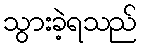
သွားခဲ့ရသည်